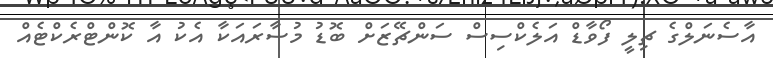
އާސެނަލްގެ ޗިލީ ފޯވާޑް އަލެކްސިސް ސަންޗޭޒަށް ބޮޑު މުސާރައަކާ އެކު އާ ކޮންޓްރެކްޓެއް